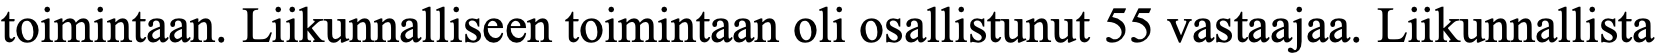
toimintaan. Liikunnalliseen toimintaan oli osallistunut 55 vastaajaa. Liikunnallista